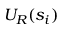
\; U _ { R } ( s _ { i } )